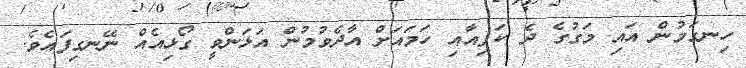
ހިނގަމުން އައި މަގުގެ ދެ ކަފިއާއި ހަމައަށް އާދެވުމުން އަޅަންވީ ގޯޅިއެއް ނޭނގިފައެވެ.